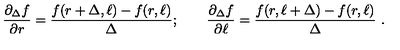
\frac { \partial _ { \Delta } f } { \partial r } = \frac { f ( r + \Delta , \ell ) - f ( r , \ell ) } { \Delta } ; \qquad \frac { \partial _ { \Delta } f } { \partial \ell } = \frac { f ( r , \ell + \Delta ) - f ( r , \ell ) } { \Delta } \ .